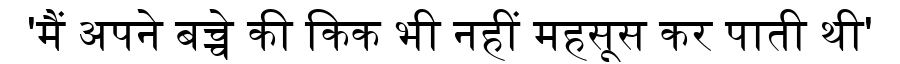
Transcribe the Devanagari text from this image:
'मैं अपने बच्चे की किक भी नहीं महसूस कर पाती थी'